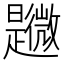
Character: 𣌎